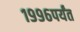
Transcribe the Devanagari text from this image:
१९९६पर्यंत